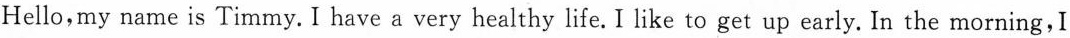
Hello,my name is Timmy. I have a very healthy life. I like to get up early. In the morning,I